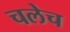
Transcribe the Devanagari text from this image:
चलेच